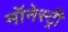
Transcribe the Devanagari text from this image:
मॉनेस्‍ट्री